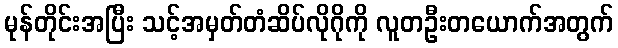
မုန်တိုင်းအပြီး သင့်အမှတ်တံဆိပ်လိုဂိုကို လူတဦးတယောက်အတွက်